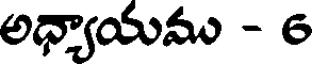
అధ్యాయము - 6